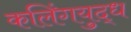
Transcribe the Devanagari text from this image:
कलिंगयुद्ध